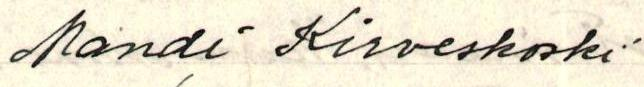
Mandi Kirveskoski